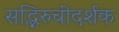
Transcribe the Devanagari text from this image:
सद्भिरुचीदर्शक